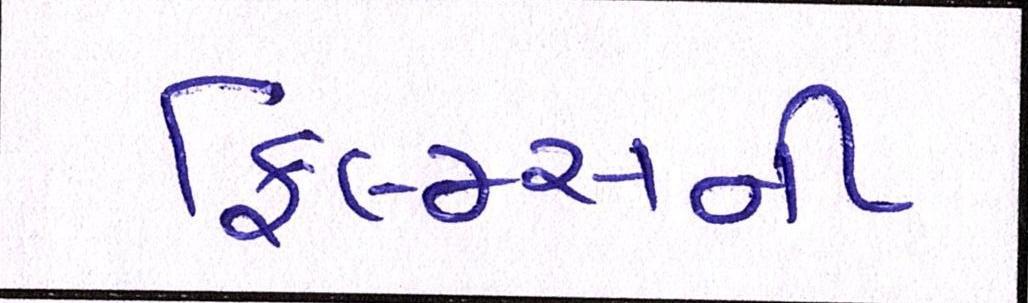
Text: ફિલ્મ્સની